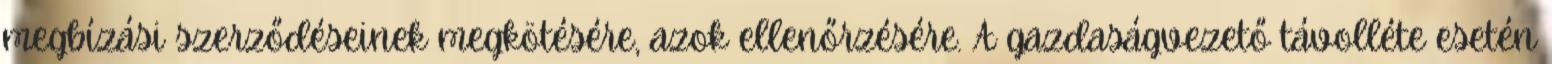
megbízási szerződéseinek megkötésére, azok ellenőrzésére. A gazdaságvezető távolléte esetén